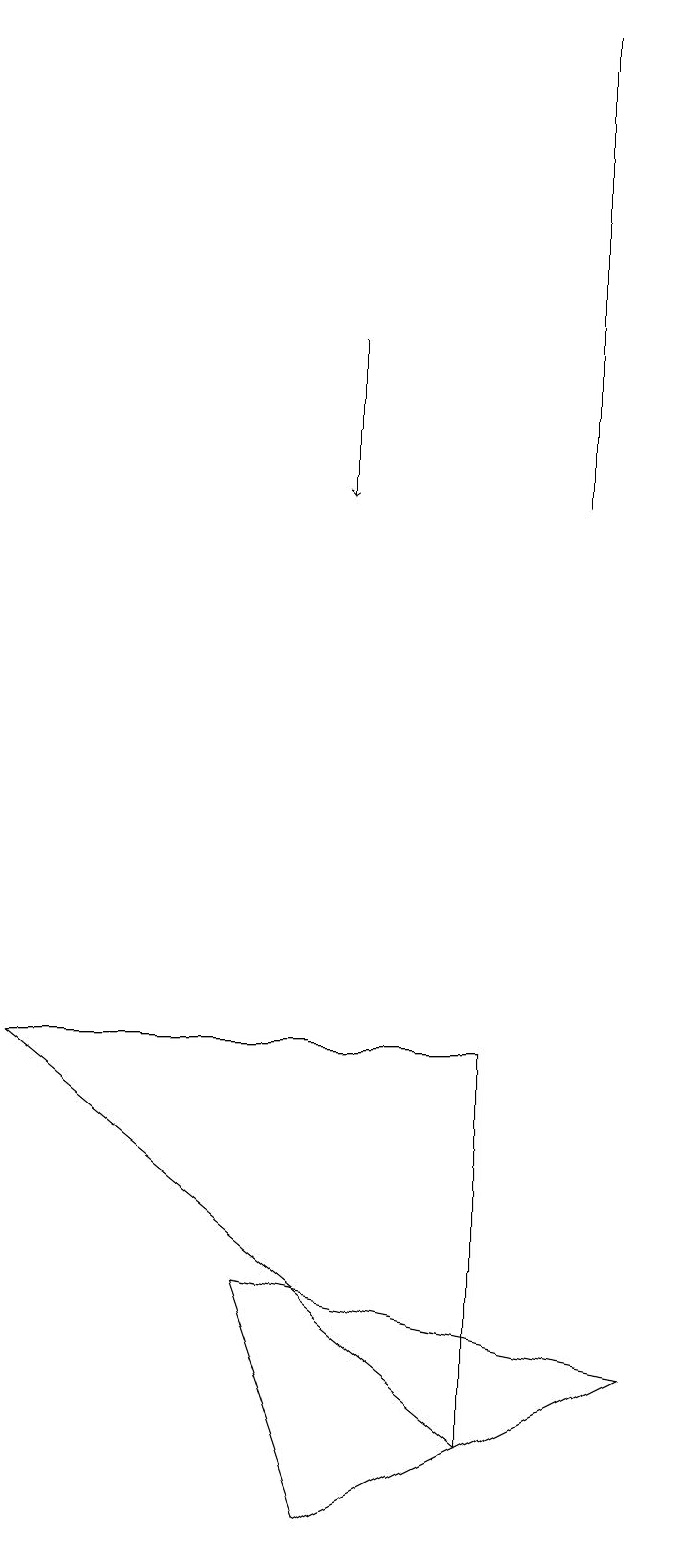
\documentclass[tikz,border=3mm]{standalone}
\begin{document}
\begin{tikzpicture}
\draw (7,13) rectangle (7,19);
\draw[->] (4,15) -- (4,13);
\draw (6,1) -- (6,6) -- (0,6) -- cycle;
\draw (3,3) -- (4,0) -- (8,2) -- cycle;
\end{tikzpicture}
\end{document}